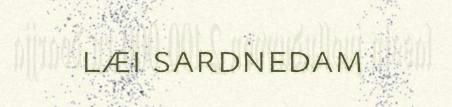
læi sardnedam